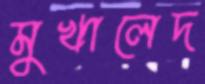
মুখালেদ